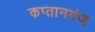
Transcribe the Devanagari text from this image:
कप्‍तानगंज